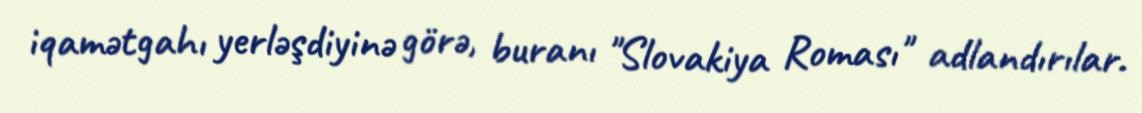
iqamətgahı yerləşdiyinə görə, buranı "Slovakiya Roması" adlandırılar.